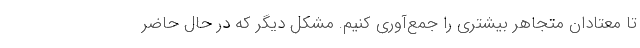
تا معتادان متجاهر بیشتری را جمع‌آوری کنیم. مشکل دیگر که در حال حاضر